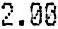
2.00